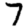
Digit: 7